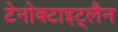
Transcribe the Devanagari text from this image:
टेनोक्टाइट्लैन